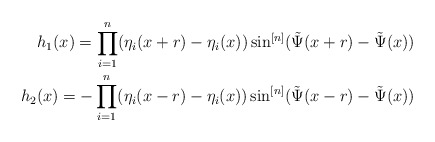
\begin{align*}h_1(x) = \prod_{i=1}^n(\eta_i(x+r)-\eta_i(x))\sin^{[n]}(\tilde \Psi(x+r)-\tilde \Psi(x))\\h_2(x) = - \prod_{i=1}^n(\eta_i(x-r)-\eta_i(x))\sin^{[n]}(\tilde \Psi(x-r)-\tilde \Psi(x))\end{align*}